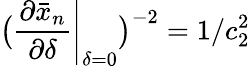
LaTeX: \big(\left.\frac{\partial\bar{x}_{n}}{\partial\delta}\right|_{\delta=0}\big)^{-2}=1/c_{2}^{2}